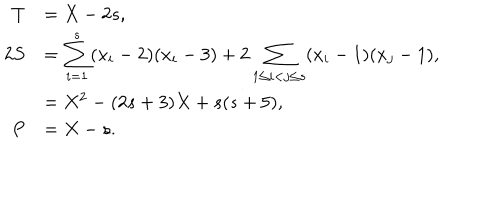
LaTeX: \begin{array} { r l } { { T } } & { { = X - 2 s , } } \\ { { 2 S } } & { { = \displaystyle \sum _ { i = 1 } ^ { s } ( x _ { i } - 2 ) ( x _ { i } - 3 ) + 2 \sum _ { 1 \le i < j \le s } ( x _ { i } - 1 ) ( x _ { j } - 1 ) , } } \\ { { } } & { { = X ^ { 2 } - ( 2 s + 3 ) X + s ( s + 5 ) , } } \\ { { P } } & { { = X - s . } } \\ \end{array}